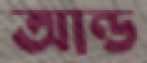
আন্ড